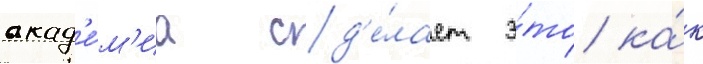
акад'е́м'иа сд'е́лает э́то ка́к